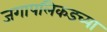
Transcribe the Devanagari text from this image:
जगापलिकडच्या